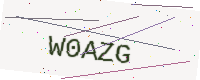
Text: W0AZG